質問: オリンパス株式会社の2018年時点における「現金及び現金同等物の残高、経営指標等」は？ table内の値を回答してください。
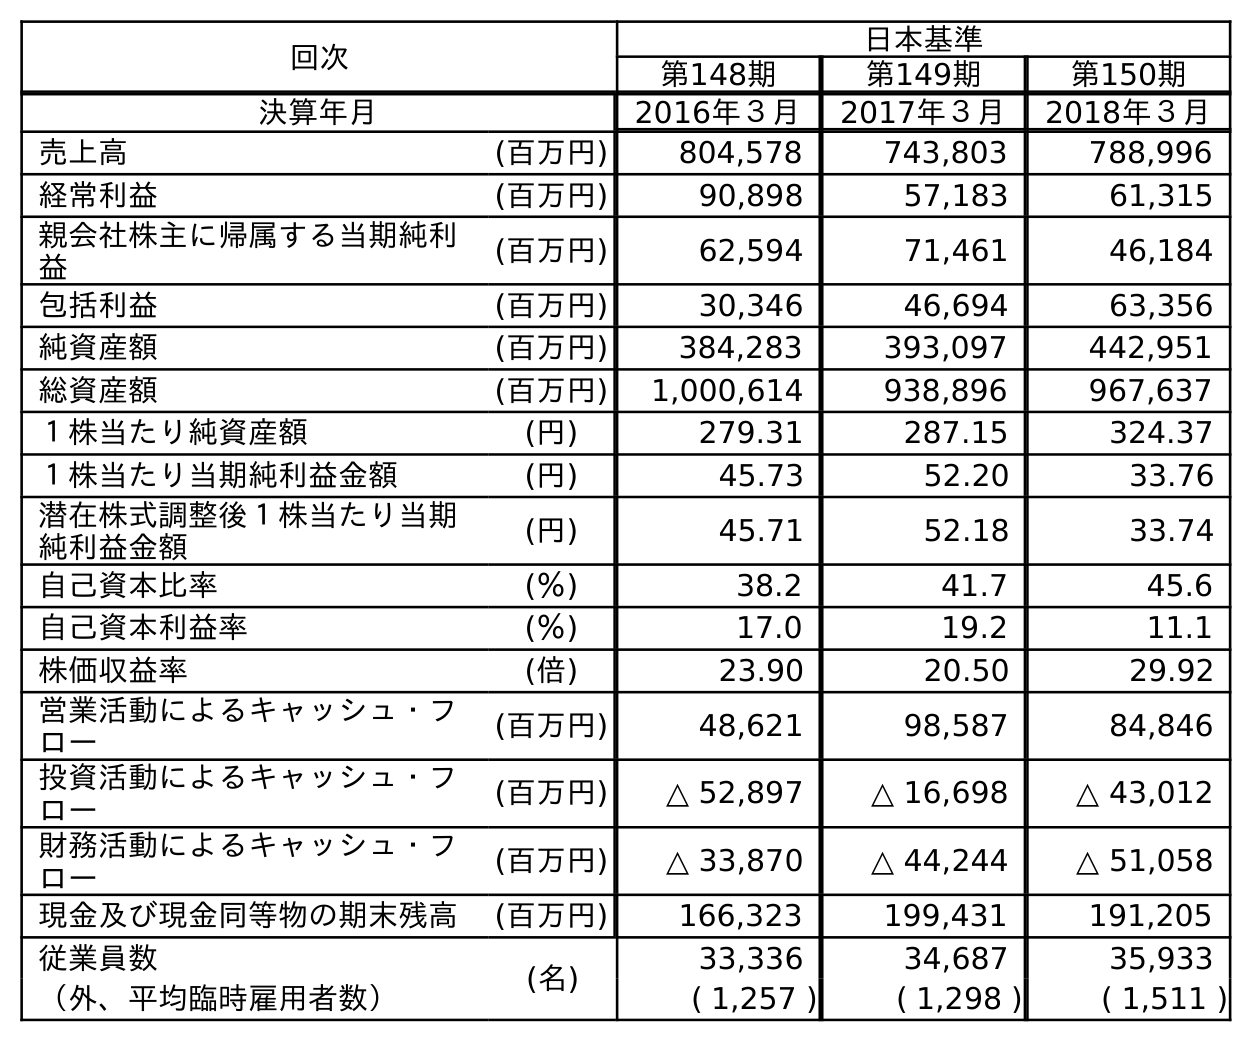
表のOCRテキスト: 回次 日本基準 第148期 第149期 第150期 決算年月 2016年３月 2017年３月 2018年３月 売上高 (百万円) 804,578 743,803 788,996 経常利益 (百万円) 90,898 57,183 61,315 親会社株主に帰属する当期純利 益 (百万円) 62,594 71,461 46,184 包括利益 (百万円) 30,346 46,694 63,356 純資産額 (百万円) 384,283 393,097 442,951 総資産額 (百万円) 1,000,614 938,896 967,637 １株当たり純資産額 (円) 279.31 287.15 324.37 １株当たり当期純利益金額 (円) 45.73 52.20 33.76 潜在株式調整後１株当たり当期 純利益金額 (円) 45.71 52.18 33.74 自己資本比率 (％) 38.2 41.7 45.6 自己資本利益率 (％) 17.0 19.2 11.1 株価収益率 (倍) 23.90 20.50 29.92 営業活動によるキャッシュ・フ ロー (百万円) 48,621 98,587 84,846 投資活動によるキャッシュ・フ ロー (百万円) △ 52,897 △ 16,698 △ 43,012 財務活動によるキャッシュ・フ ロー (百万円) △ 33,870 △ 44,244 △ 51,058 現金及び現金同等物の期末残高 (百万円) 166,323 199,431 191,205 従業員数 (名) 33,336 34,687 35,933 （外、平均臨時雇用者数） ( 1,257 ) ( 1,298 ) ( 1,511 )
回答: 191,205